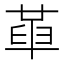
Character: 𠦶